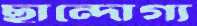
ছান্দোগ্য